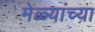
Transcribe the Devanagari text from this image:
मेळ्यांच्या